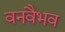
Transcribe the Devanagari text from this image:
वनवैभव